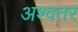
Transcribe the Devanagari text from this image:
अश्वतर